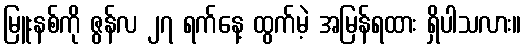
မြူးနစ်ကို ဇွန်လ ၂၇ ရက်နေ့ ထွက်မဲ့ အမြန်ရထား ရှိပါသလား။